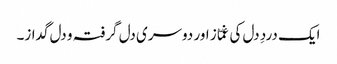
ایک دردِ دل کی غمّاز اور دوسری دل گرفتہ و دل گداز۔